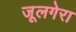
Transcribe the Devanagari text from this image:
जूलगेरा